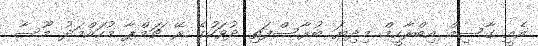
އެއީ ގާސިމް އިބްރާހީމް މިދިޔަ ބުރާސްފަތި ދުވަހުގެ ރޭ ޗަމްޕާ މުހައްމަދު މޫސާ